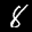
Label: 8